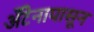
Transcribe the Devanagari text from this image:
अँटेनापासून